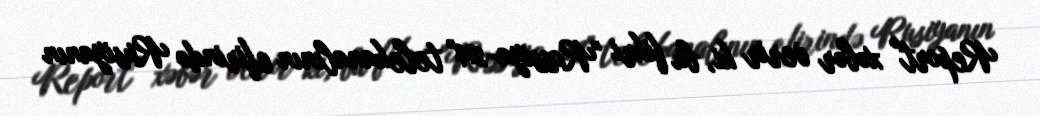
Report" xəbər verir ki, bu fikri "Rossiya-24" telekanalının efirində Rusiyanın